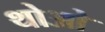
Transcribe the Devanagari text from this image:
थोआे